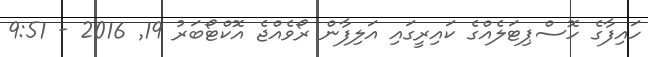
ހައިފާގެ ހޮސްޕިޓަލެއްގެ ކައިރީގައި އަލިފާން ރޯވެއްޖެ އޮކްޓޯބަރު 19